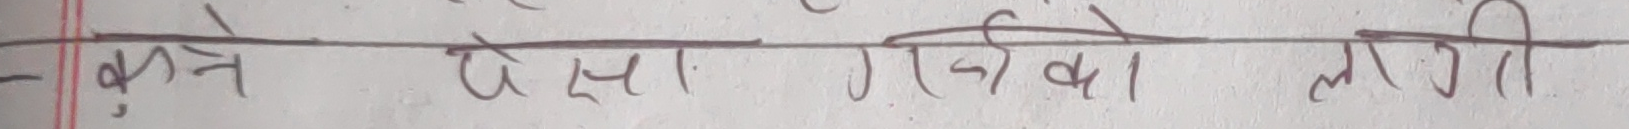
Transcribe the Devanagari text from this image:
- कुने पैसा गरिबा लागैती